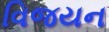
વિજયન